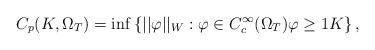
LaTeX: \begin{align*}C_{p}(K,\Omega _{T})=\inf \left\{ ||\varphi ||_{W}:\varphi \in C_{c}^{\infty}(\Omega _{T})\varphi \geq 1K\right\} , \end{align*}